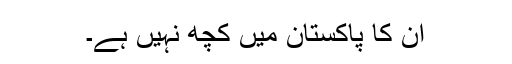
ان کا پاکستان میں کچھ نہیں ہے۔